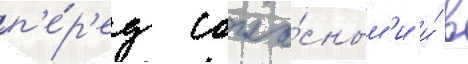
п'е́р'ед согла́сным'и и́ в